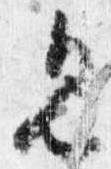
見